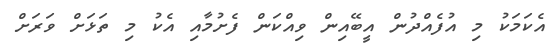
އެކަމަކު މި އުފެއްދުން އީބޭއިން ވިއްކަން ފެށުމާއި އެކު މި ތަޅަށް ވަރަށް